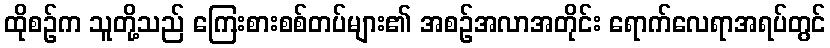
ထိုစဉ်က သူတို့သည် ကြေးစားစစ်တပ်များ၏ အစဉ်အလာအတိုင်း ရောက်လေရာအရပ်တွင်